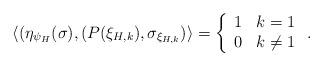
LaTeX: \begin{align*} \langle ( \eta_{\psi_{H}}(\sigma) , (P(\xi_{H,k}),\sigma_{\xi_{H,k} }) \rangle=\left\{ \begin{array}{ll} 1 & k = 1\\ 0 & k \neq 1 \end{array} \right. .\end{align*}